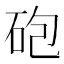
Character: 砲